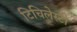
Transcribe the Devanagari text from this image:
टिचिलेस्टी